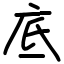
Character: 底